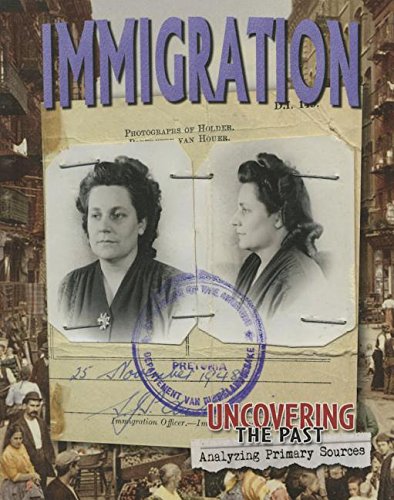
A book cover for Immigration (Uncovering the Past: Analyzing Primary Sources); Lizann Flatt; Children's Books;